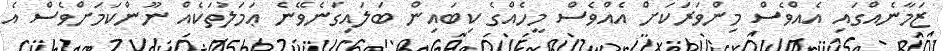
ޒަމާނެއްގައި އެއްވެސް މިންވަރަކަށް އެއްވެސް މީހެއްގެ ކިބައިން ބަލައިގަނެވޭނެ ޢަމަލުތަކެއް ނޫންކަމަށްވެސް އެ